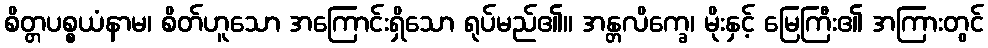
စိတ္တပစ္စယံနာမ၊ စိတ်ဟူသော အကြောင်းရှိသော ရုပ်မည်၏။ အန္တလိက္ခေ၊ မိုးနှင့် မြေကြီး၏ အကြားတွင်